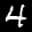
Label: 4